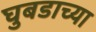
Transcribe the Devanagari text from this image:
घुबडाच्या